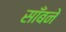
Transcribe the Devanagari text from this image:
साँबने